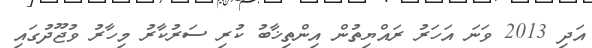
އަދި 2013 ވަނަ އަހަރު ރައްޔިތުން އިންތިޚާބު ކުރި ސަރުކާރު މިހާރު ވުޖޫދުގައި